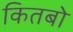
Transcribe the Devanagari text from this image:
कितबो